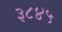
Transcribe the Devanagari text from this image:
३८४५